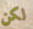
لكن